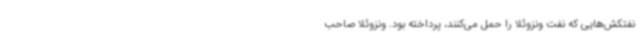
نفتکش‌هایی که نفت ونزوئلا را حمل می‌کنند، پرداخته بود. ونزوئلا صاحب